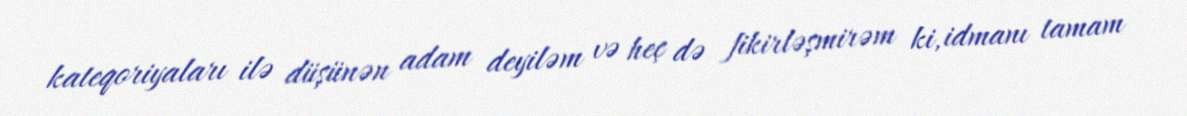
kateqoriyaları ilə düşünən adam deyiləm və heç də fikirləşmirəm ki, idmanı tamam